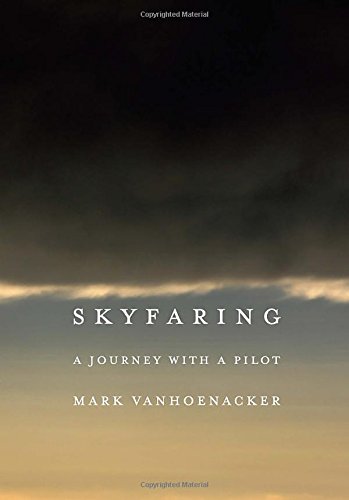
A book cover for Skyfaring: A Journey with a Pilot; Mark Vanhoenacker; Engineering & Transportation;